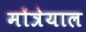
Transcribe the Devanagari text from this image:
मोंत्रेयाल